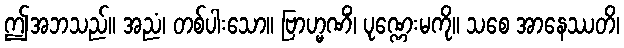
ဤအဘသည်။ အညံ၊ တစ်ပါးသော။ ဗြာဟ္မဏိံ၊ ပုဏ္ဏေးမကို။ သစေ အာနေဿတိ၊